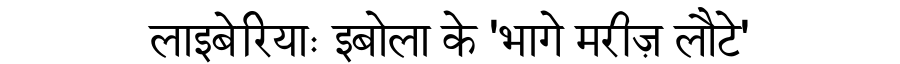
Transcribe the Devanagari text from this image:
लाइबेरियाः इबोला के 'भागे मरीज़ लौटे'